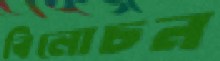
বিলোচন